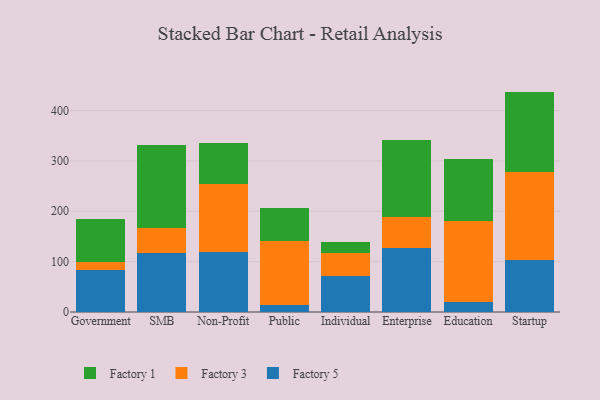
{"axis": {"x": "Segment", "y": "Satisfaction Score"}, "legend": ["Factory 1", "Factory 3", "Factory 5"], "data": [{"x": "Government", "y": 83.4, "type": "Factory 5"}, {"x": "Government", "y": 15.1, "type": "Factory 3"}, {"x": "Government", "y": 85.8, "type": "Factory 1"}, {"x": "SMB", "y": 116.7, "type": "Factory 5"}, {"x": "SMB", "y": 50.1, "type": "Factory 3"}, {"x": "SMB", "y": 164.0, "type": "Factory 1"}, {"x": "Non-Profit", "y": 119.1, "type": "Factory 5"}, {"x": "Non-Profit", "y": 135.7, "type": "Factory 3"}, {"x": "Non-Profit", "y": 79.9, "type": "Factory 1"}, {"x": "Public", "y": 14.9, "type": "Factory 5"}, {"x": "Public", "y": 126.4, "type": "Factory 3"}, {"x": "Public", "y": 65.4, "type": "Factory 1"}, {"x": "Individual", "y": 71.3, "type": "Factory 5"}, {"x": "Individual", "y": 46.3, "type": "Factory 3"}, {"x": "Individual", "y": 21.3, "type": "Factory 1"}, {"x": "Enterprise", "y": 126.7, "type": "Factory 5"}, {"x": "Enterprise", "y": 62.1, "type": "Factory 3"}, {"x": "Enterprise", "y": 151.8, "type": "Factory 1"}, {"x": "Education", "y": 20.4, "type": "Factory 5"}, {"x": "Education", "y": 159.5, "type": "Factory 3"}, {"x": "Education", "y": 123.7, "type": "Factory 1"}, {"x": "Startup", "y": 102.5, "type": "Factory 5"}, {"x": "Startup", "y": 175.8, "type": "Factory 3"}, {"x": "Startup", "y": 159.3, "type": "Factory 1"}]}